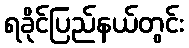
ရခိုင်ပြည်နယ်တွင်း